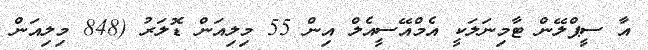
އާ ސީޕްލޭން ޓާމިނަލަކީ އެމްއޭސީއެލް އިން 55 މިލިއަން ޑޮލަރު (848 މިލިއަން